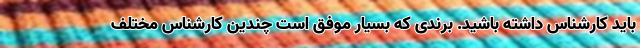
باید کارشناس داشته باشید. برندی که بسیار موفق است چندین کارشناس مختلف